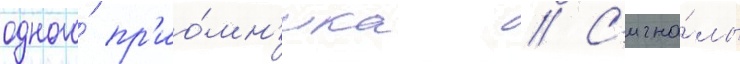
одного́ пр'ио́мн'ика // С'игна́лы